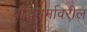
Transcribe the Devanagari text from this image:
बौद्धधर्मावरील